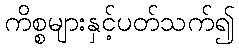
ကိစ္စများနှင့်ပတ်သက်၍